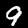
Label: 9